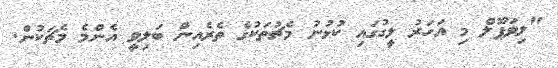
"ލިވަޕޫލް މި އަހަރު ލީގުގައި ކުޅުނު މެޗުތަކުގެ ތެރެއިން ބަލިވީ އެންމެ މެޗަކުން.